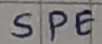
Text: SPE